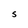
Character: S